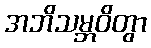
အဘိသမ္ဘဝိတွာ